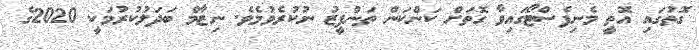
ގޮތުގައި އޮތީ މެނިފެސްޓޯގައިވާ ގޮތަށް ކަންކަން ތަންފީޒު ނުކުރެވުމެވެ. ނިޒާމް ބަދަލުކުރުމަކީ 2020ގެ